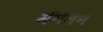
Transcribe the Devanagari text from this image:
मॅगेलन